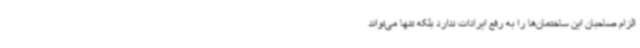
الزام صاحبان این ساختمان‌ها را به رفع ایرادات ندارد بلکه تنها می‌تواند